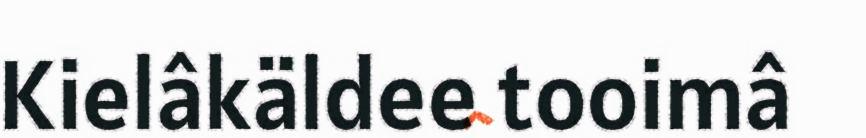
Kielâkäldee tooimâ